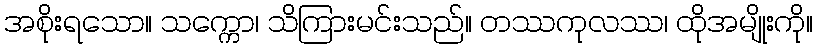
အစိုးရသော။ သက္ကော၊ သိကြားမင်းသည်။ တဿကုလဿ၊ ထိုအမျိုးကို။